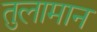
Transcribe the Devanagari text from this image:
तुलामान